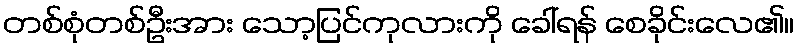
တစ်စုံတစ်ဦးအား သော့ပြင်ကုလားကို ခေါ်ရန် စေခိုင်းလေ၏။